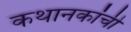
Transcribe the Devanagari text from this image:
कथानकांची